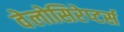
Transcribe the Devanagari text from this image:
वेलोसिरेप्‍टर्स